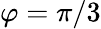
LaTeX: \varphi=\pi/3